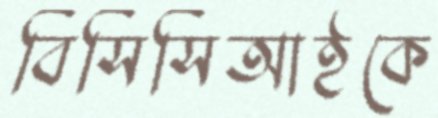
বিসিসিআইকে